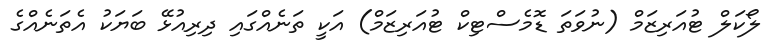
ލޯކަލް ޓުއަރިޒަމް (ނުވަތަ ޑޮމެސްޓިކް ޓުއަރިޒަމް) އަކީ ތަނެއްގައި ދިރިއުޅޭ ބަޔަކު އެތަނެއްގެ